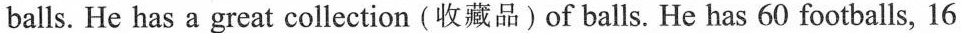
balls. He has a great collection (收藏品) of balls. He has 60 footballs, 16